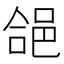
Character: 𮟺